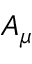
A _ { \mu }